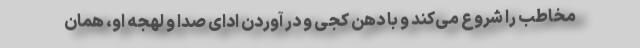
مخاطب را شروع می‌کند و با دهن کجی و در آوردن ادای صدا و لهجه او، همان